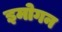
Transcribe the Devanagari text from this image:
इमोगन